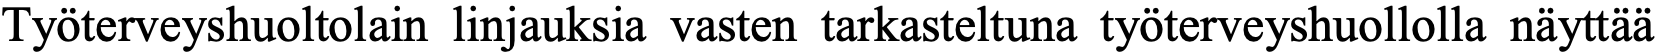
Työterveyshuoltolain linjauksia vasten tarkasteltuna työterveyshuollolla näyttää